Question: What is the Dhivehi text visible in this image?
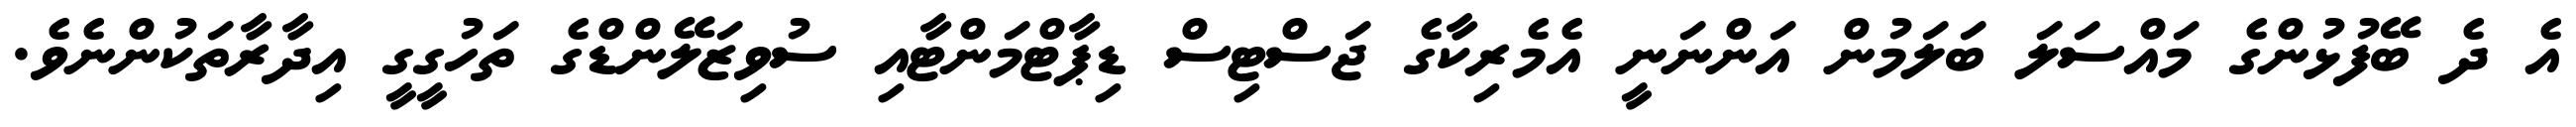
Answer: އެ ދެ ބޭފުޅުންގެ މައްސަލަ ބަލަމުން އަންނަނީ އެމެރިކާގެ ޖަސްޓިސް ޑިޕާޓްމަންޓާއި ސުވިޒަލޭންޑްގެ ތަހުގީގީ އިދާރާތަކުންނެވެ.